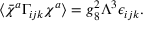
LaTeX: \langle \bar { \chi } ^ { a } \Gamma _ { i j k } \chi ^ { a } \rangle = g _ { 8 } ^ { 2 } \Lambda ^ { 3 } \epsilon _ { i j k } .